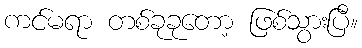
ကင်မရာ တစ်ခုခုတော့ ဖြစ်သွားပြီ။